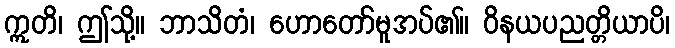
ဣတိ၊ ဤသို့။ ဘာသိတံ၊ ဟောတော်မူအပ်၏။ ဝိနယပညတ္တိယာပိ၊